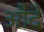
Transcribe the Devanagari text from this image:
औदे